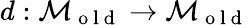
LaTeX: d:\mathcal{M}_{\mathrm{~o~l~d~}}\to\mathcal{M}_{\mathrm{~o~l~d~}}